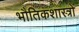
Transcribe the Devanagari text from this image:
भौतिकशास्त्रों